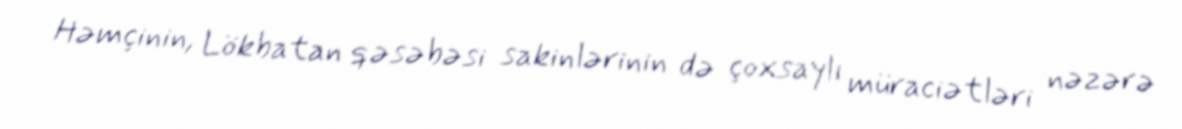
Həmçinin, Lökbatan qəsəbəsi sakinlərinin də çoxsaylı müraciətləri nəzərə